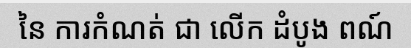
នៃ ការកំណត់ ជា លើក ដំបូង ពណ៍